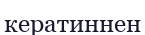
кератиннен